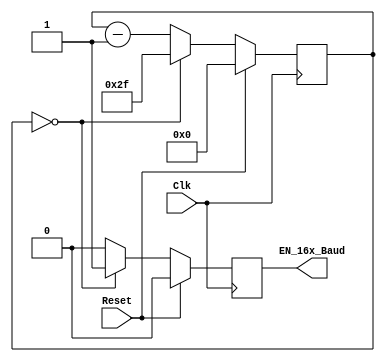
//--------------------------------------------------------------------------------------------
//
// Generated by X-HDL VHDL Translator - Version 2.0.0 Feb. 1, 2011
// ?? ??? 5 2018 13:58:05
//
//      Input file      : 
//      Component name  : baudrate
//      Author          : 
//      Company         : 
//
//      Description     : 
//
//
//--------------------------------------------------------------------------------------------


module baudrate(Clk, Reset, EN_16x_Baud);
   parameter  C_RATIO = 48;
   input      Clk;
   input      Reset;
   output     EN_16x_Baud;
   reg        EN_16x_Baud;
   
   
   reg [5:0]  count;
   
   
   always @(posedge Clk)
   begin: COUNTER_PROCESS
      
      begin
         if (Reset == 1'b1)
         begin
            count <= 0;
            EN_16x_Baud <= 1'b0;
         end
         else
            if (count == 0)
            begin
               count <= C_RATIO - 1;
               EN_16x_Baud <= 1'b1;
            end
            else
            begin
               count <= count - 1;
               EN_16x_Baud <= 1'b0;
            end
      end
   end
   
endmodule